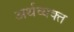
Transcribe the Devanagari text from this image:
अर्थव्यक्त